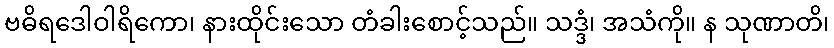
ဗဓိရဒေါဝါရိကော၊ နားထိုင်းသော တံခါးစောင့်သည်။ သဒ္ဒံ၊ အသံကို။ န သုဏာတိ၊